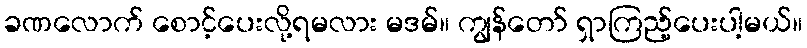
ခဏလောက် စောင့်ပေးလို့ရမလား မဒမ်။ ကျွန်တော် ရှာကြည့်ပေးပါ့မယ်။